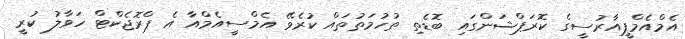
އެމްއެމްޕީއާރުސީގެ ކޮރަޕްޝަންގައި ބޮޑެތި ތުހުމަތުތައް ކުރެވޭ އެމްސީއެމްއާ އެ ޕްރޮޖެކްޓް ހަވާލު ކުރީ